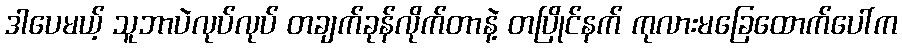
ဒါပေမယ့် သူဘာပဲလုပ်လုပ် တချက်ခုန်လိုက်တာနဲ့ တပြိုင်နက် ကုလားမခြေထောက်ပေါ်က